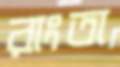
রাংতা